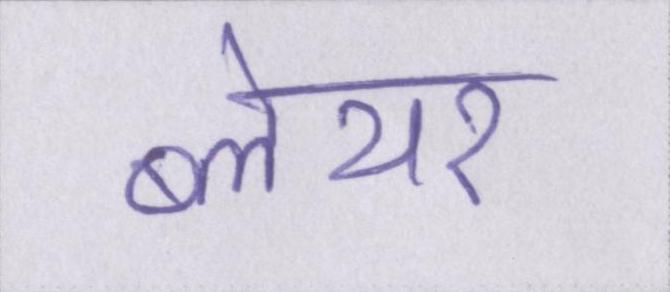
ब्लेयर